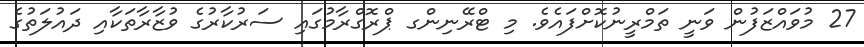
27 މުވައްޒަފުން ވަނީ ތަމްރީނުކޮށްފައެވެ. މި ޓްރޭނިންގ ޕްރޮގްރާމުގައި ސަރުކާރުގެ ވުޒާރާތަކާއި ދައުލަތުގެ